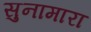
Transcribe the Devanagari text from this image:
सुनामारा